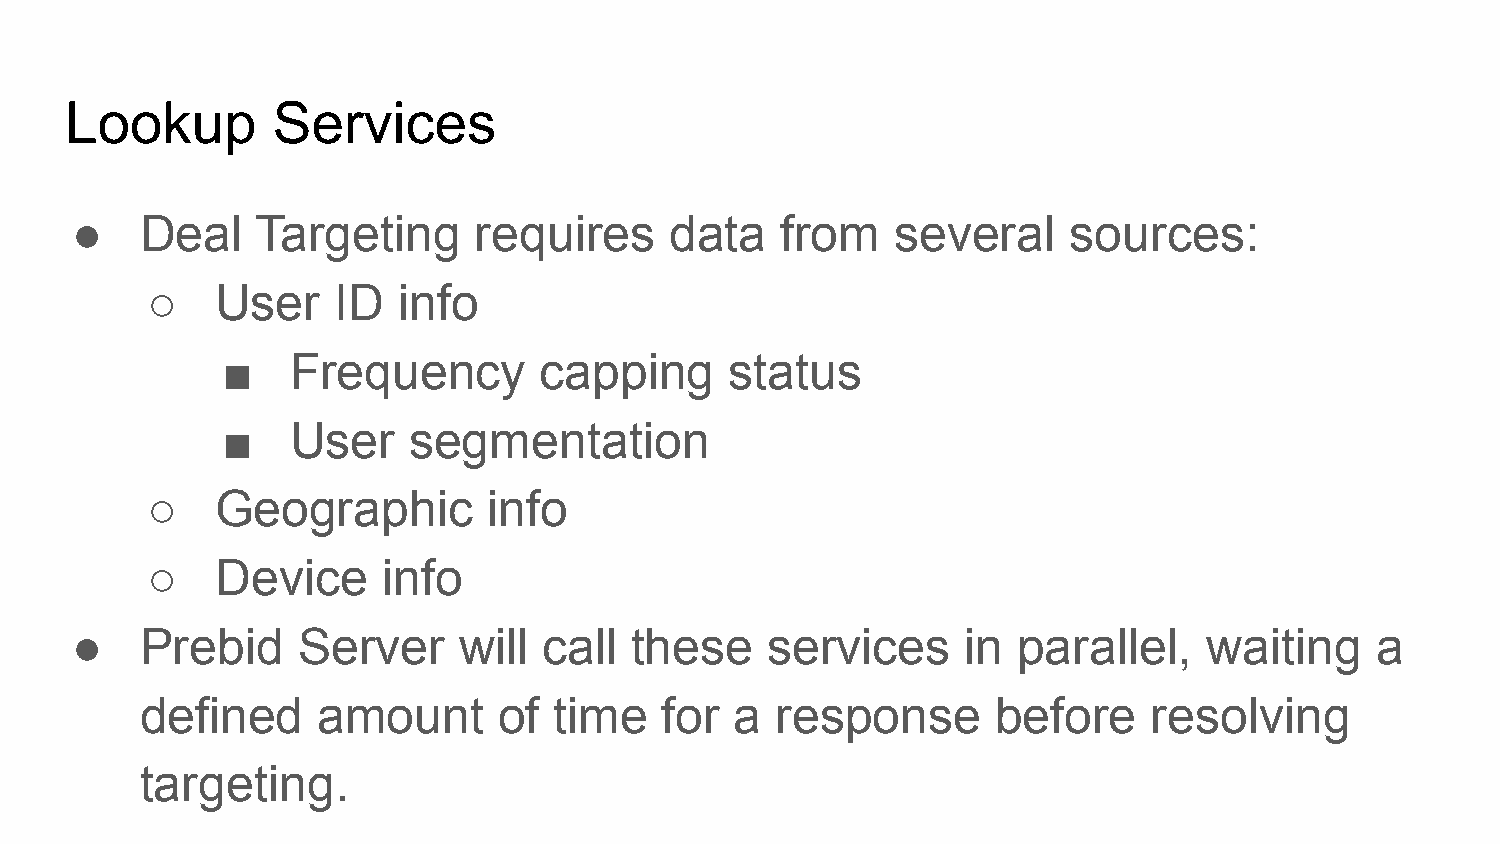
Lookup        Services
 ●   Deal    Targeting     requires     data    from   several     sources:
 ○   User    ID  info
 ■   Frequency        capping     status
 ■   User    segmentation
 ○   Geographic        info
 ○   Device     info
 ●   Prebid     Server    will  call  these    services     in parallel,    waiting    a
 defined     amount      of  time   for  a response       before    resolving
 targeting.